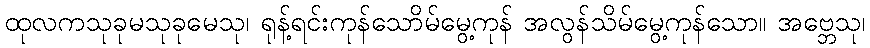
ထုလကသုခုမသုခုမေသု၊ ရုန့်ရင်းကုန်သောိမ်မွေ့ကုန် အလွန်သိမ်မွေ့ကုန်သော။ အဗ္ဘေသု၊